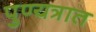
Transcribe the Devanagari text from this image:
पुण्यत्रात